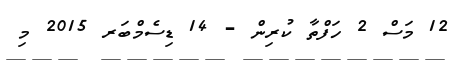
12 މަސް 2 ހަފްތާ ކުރިން - 14 ޑިސެމްބަރ 2015 މި